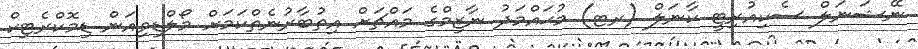
ނޭޝަނަލް ސެކިއުރިޓީ ކާނަލް (ރޓ) މުޙައްމަދު ނާޒިމްގެ މައްޗަށް އިތުބާރުނެތްކަމަށް މޯލްޑިވިއަން ޑިމޮކްރެޓިކް